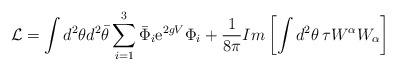
LaTeX: \begin{align*}{\cal{L}} = \int d^2 \theta d^2 {\bar{\theta}}\sum_{i=1}^{3} {\bar{\Phi}}_{i} {\rm e}^{2g V} \Phi_{i} + \frac{1}{8 \pi} Im \left[ \int d^2 \theta \, \tau W^{\alpha} W_{\alpha} \right]\end{align*}